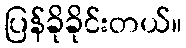
ပြန်ခိုခိုင်းတယ်။